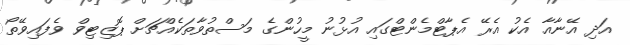
އަދި އޭނާއާ އެކު އެރޭ އެޕާޓްމެންޓްގައި އުޅުނު މީހުންގެ މަސްތުވާތަކެއްޗަށް ޕޮޒިޓިވް ވެފައިވޭތޯ